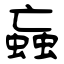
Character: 蝱